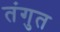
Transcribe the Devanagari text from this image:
तंगुत